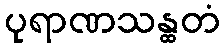
ပုရာဏသန္ထတံ